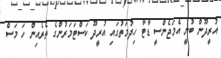
އުރީދޫން ބުނީ އެމަޖެންސީ ޑާޓާ ހިދުމަތުގައި އުރީދޫ ކަސްޓަމަރުންގެ ތެރެއިން ހަ މަސް